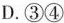
D.③④